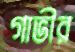
গাভীর